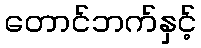
တောင်ဘက်နှင့်